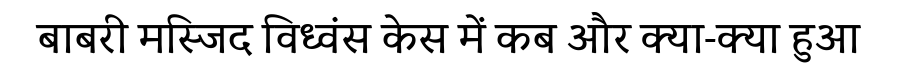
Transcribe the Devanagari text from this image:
बाबरी मस्जिद विध्वंस केस में कब और क्या-क्या हुआ